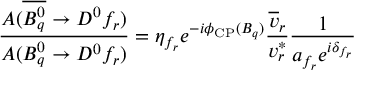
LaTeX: \frac { A ( \overline { { { B _ { q } ^ { 0 } } } } \to D ^ { 0 } f _ { r } ) } { A ( B _ { q } ^ { 0 } \to D ^ { 0 } f _ { r } ) } = \eta _ { f _ { r } } e ^ { - i \phi _ { \mathrm { C P } } ( B _ { q } ) } \frac { \overline { { { v } } } _ { r } } { v _ { r } ^ { \ast } } \frac { 1 } { a _ { f _ { r } } e ^ { i \delta _ { f _ { r } } } }